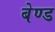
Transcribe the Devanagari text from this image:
बेण्ड